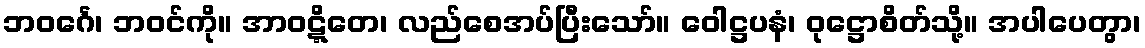
ဘဝင်္ဂေ၊ ဘဝင်ကို။ အာဝဋ္ဋိတေ၊ လည်စေအပ်ပြီးသော်။ ဝေါဋ္ဌပနံ၊ ဝုဋ္ဌောစိတ်သို့။ အပါပေတွာ၊